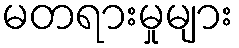
မတရားမှုများ